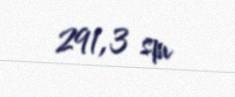
291,3 sm